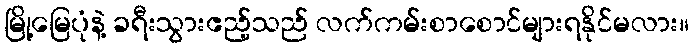
မြို့မြေပုံနဲ့ ခရီးသွားဧည့်သည် လက်ကမ်းစာစောင်များရနိုင်မလား။